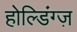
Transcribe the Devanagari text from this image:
होल्डिंग्ज़